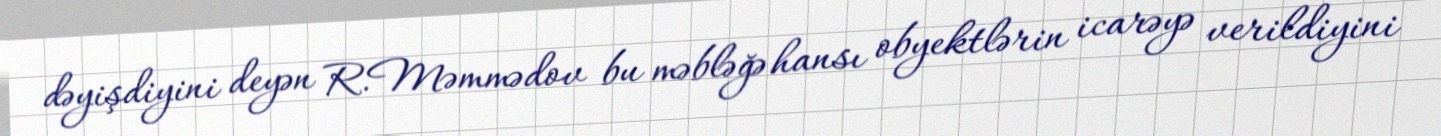
dəyişdiyini deyən R.Məmmədov bu məbləğə hansı obyektlərin icarəyə verildiyini